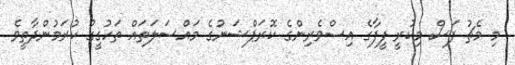
މި މެޗު ފަސް މިކުރީ ފީފާގެ އިސްވެރިންގެ ކޮރަޕްޝަނުގެ މައްސަލަތައް ތަހުގީގު ކުރަމުންދާތީވެ